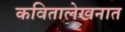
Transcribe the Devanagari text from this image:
कवितालेखनात